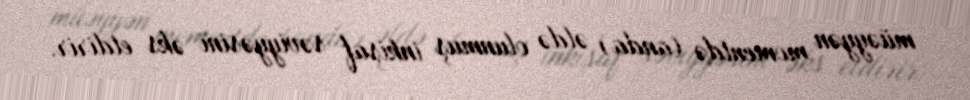
müəyyən momentdə (anda) əldə olunmuş inkişaf səviyyəsini əks etdirir.